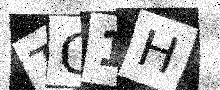
Text: TG1H